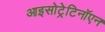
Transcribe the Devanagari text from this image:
आइसोट्रेटिनॉएन